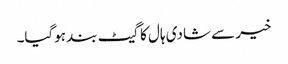
خیر سے شادی ہال کا گیٹ بند ہوگیا۔